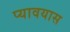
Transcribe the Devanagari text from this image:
प्यावयास